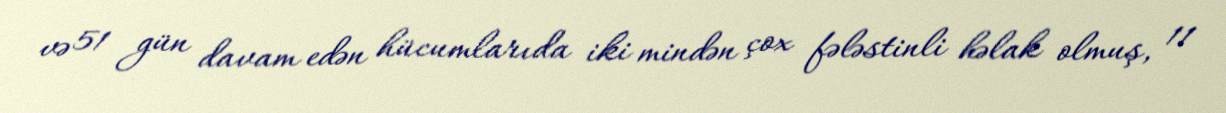
və 51 gün davam edən hücumlarıda iki mindən çox fələstinli həlak olmuş, 11